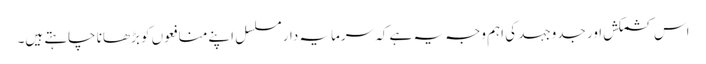
اس کشمکش اور جدوجہد کی اہم وجہ یہ ہے کہ سرمایہ دار مسلسل اپنے منافعوں کو بڑھانا چاہتے ہیں۔